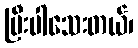
ပြီးပါသေးတယ်၊